Madras plague regulations and rules for the inspection of inward and outward bound vessels - Volume 1
Disease focus: Plague
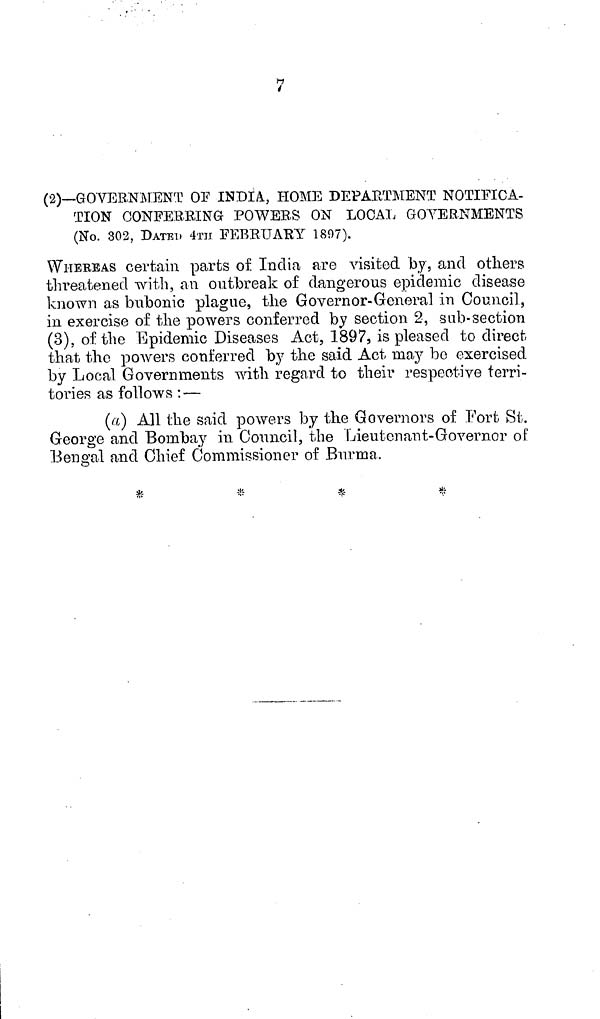
7
(2)—GOVERNMENT OF INDIA., HOME DEPARTMENT NOTIFICA-
TION CONFERRING POWERS ON LOCAL GOYERNMBNTS
(No. 302, DATED 4TH FEBRUARY 1897).
WHEREAS certain parts of India are visited by, and others
threatened with, an outbreak of dangerous epidemic disease
known as bubonic plague, the Governor-General in Council,
in exercise of the powers conferred by section 2, sub-section
(3), of the Epidemic Diseases Act, 1897, is pleased to direct-
that the powers conferred by the said Act may bo exercised
by Local Governments with regard to their respective terri-
tories as follows : —
(a) All the said powers by the Governors of Fort St.
George and Bombay in Council, the Lieutenant-Governor of
Bengal and Chief Commissioner of Burma.